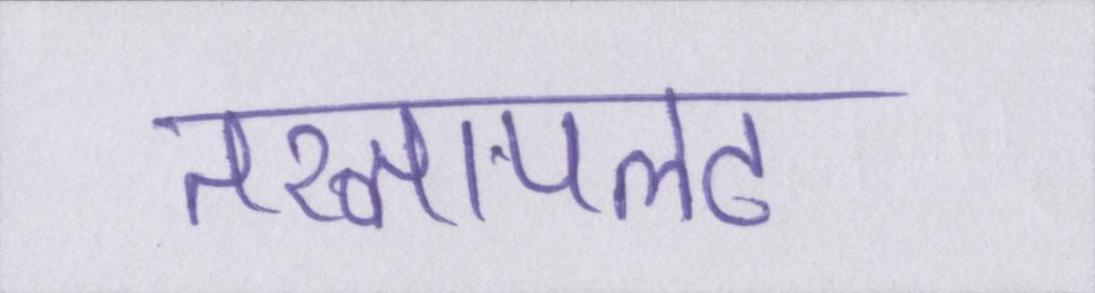
तख्तापलट